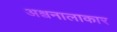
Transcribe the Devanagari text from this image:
अश्वनालाकार